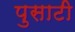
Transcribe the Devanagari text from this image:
पुसाटी